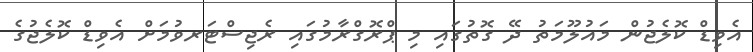
އެވިޑް ކޮލެޖުން މައުލޫމަތު ދޭ ގޮތުގައި މި ޕްރޮގްރާމުގައި ރެޖިސްޓަރވުމަށް އެވިޑް ކޮލެޖުގެ